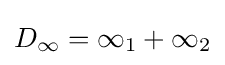
D_{\infty }=\infty _{1}+\infty _{2}